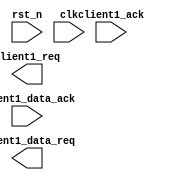
//---------------------------------------------------------------------------------------
// Universitatea Transilvania din Brasov
// Proiect     : Limbaje de descriere hardware
// Autor       : Neagu Lucian-Alexandru
// Data        : 27.05.2022
//---------------------------------------------------------------------------------------
// Descriere   : Client 1
//---------------------------------------------------------------------------------------

module client1_rq_ack #(
parameter REQ_DATA_WIDTH = 'd8,    				// functioneaza pe acelasi principiu ca si client0
parameter ACK_DATA_WIDTH = 'd8     
)(
input 					    	 rst_n,
input                        	 clk,
input                     	     client1_ack,
input   [ACK_DATA_WIDTH -1:0]    client1_data_ack,

output 						     client1_req,
output  [REQ_DATA_WIDTH -1:0]    client1_data_req

);


endmodule